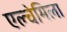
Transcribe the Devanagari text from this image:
एल्चेमिला